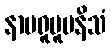
နာမရူပူပနိသံ